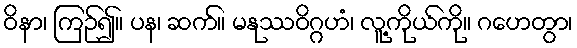
ဝိနာ၊ ကြဉ်၍။ ပန၊ ဆက်။ မနုဿဝိဂ္ဂဟံ၊ လူ့ကိုယ်ကို။ ဂဟေတွာ၊